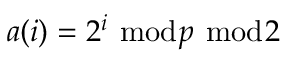
a ( i ) = 2 ^ { i } ~ { \bmod { p } } ~ { \bmod { 2 } }